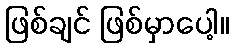
ဖြစ်ချင် ဖြစ်မှာပေါ့။